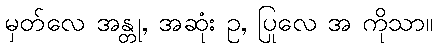
မှတ်လေ အန္တု, အဆုံး ဥ, ပြုလေ အ ကိုသာ။